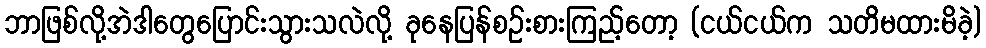
ဘာဖြစ်လို့အဲဒါတွေပြောင်းသွားသလဲလို့ ခုနေပြန်စဉ်းစားကြည့်တော့ (ငယ်ငယ်က သတိမထားမိခဲ့)